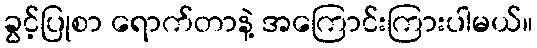
ခွင့်ပြုစာ ရောက်တာနဲ့ အကြောင်းကြားပါမယ်။